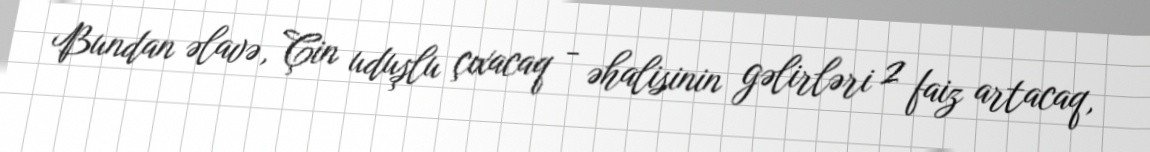
Bundan əlavə, Çin uduşlu çıxacaq - əhalisinin gəlirləri 2 faiz artacaq,